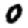
Digit: 0